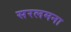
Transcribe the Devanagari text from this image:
सरलमना